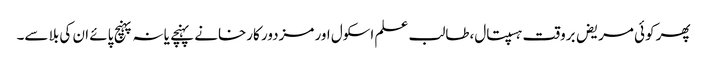
پھر کوئی مریض بروقت ہسپتال،طالب علم اسکول اور مزدور کارخانے پہنچے یا نہ پہنچ پائے ان کی بلا سے۔